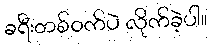
ခရီးတစ်ဝက်ပဲ လိုက်ခဲ့ပါ။